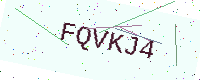
Text: FQVKJ4